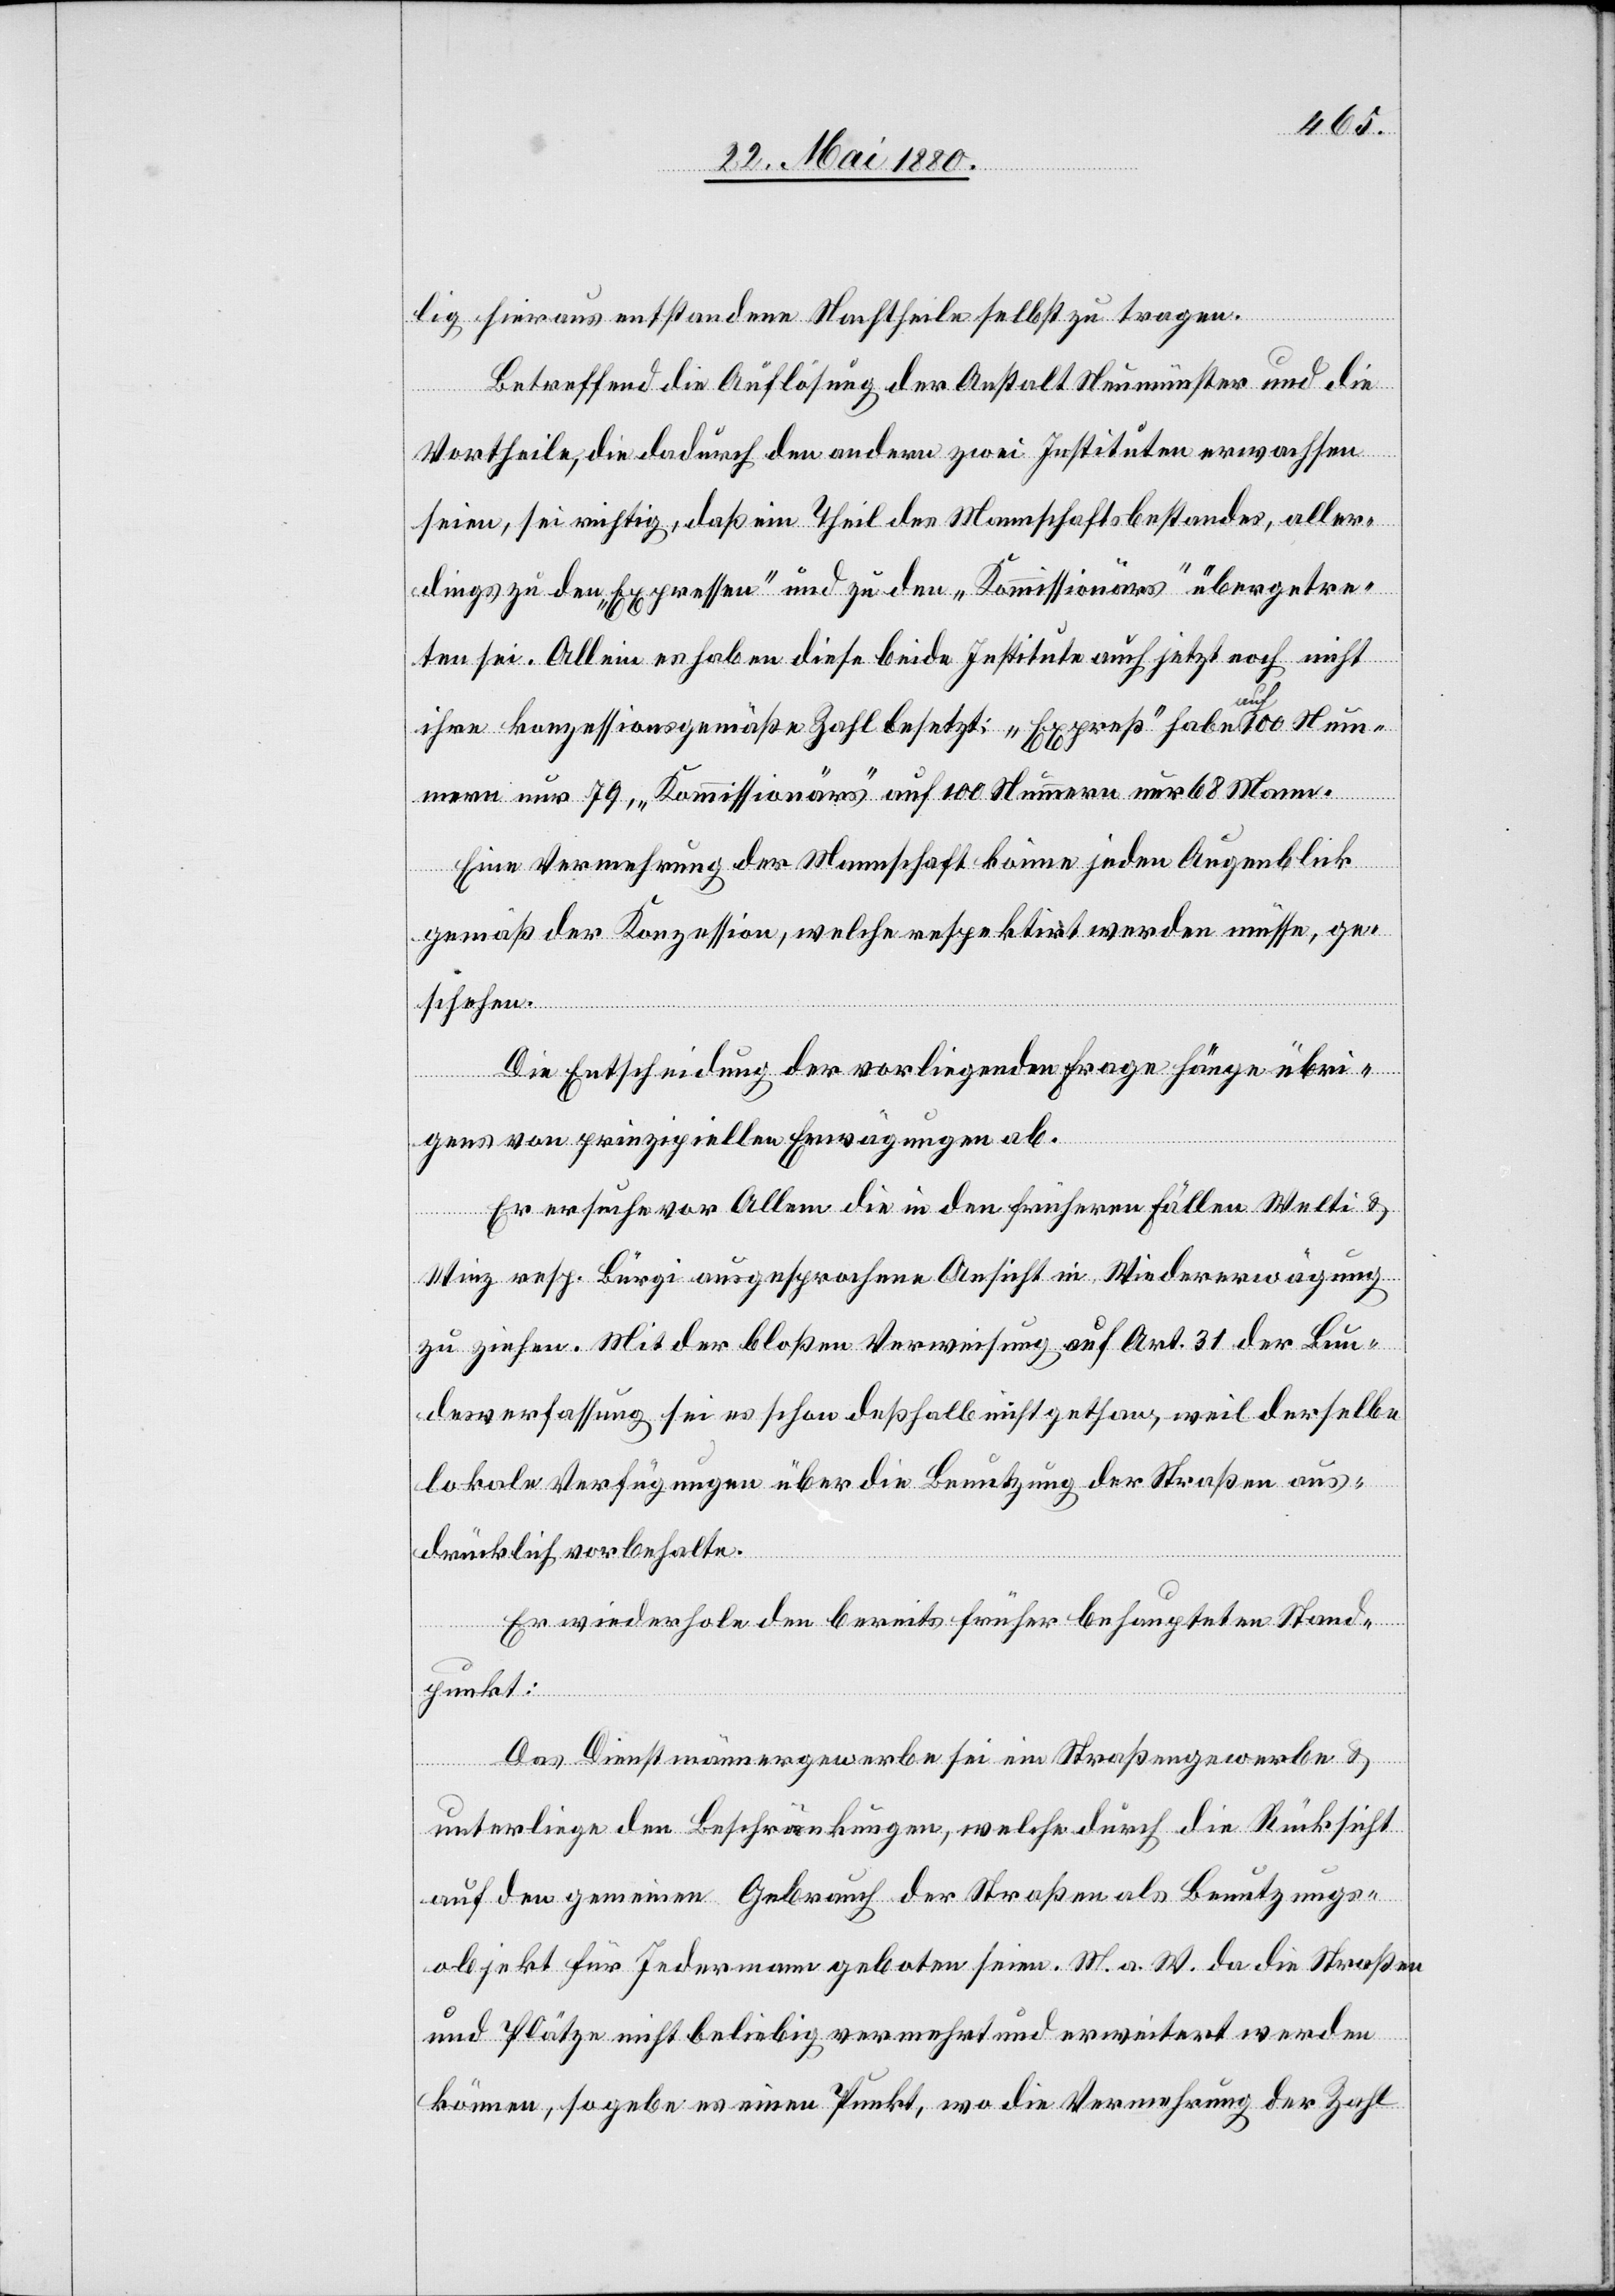
lig hieraus entstandene Nachtheile selbst zu tragen.
Betreffend die Auflösung der Anstalt Neumünster und die
Vortheile, die dadurch den andern zwei Instituten erwachsen
seien, sei richtig, daß ein Theil des Mannschaftsbestandes, aller¬
dings zu den „Expressen“ und zu den „Kommissionärs“ übergetre¬
ten sei. Allein es haben diese beide Institute auch jetzt noch nicht
ihre konzessionsgemäße Zahl besetzt: „Expreß“ habe auf 100 Num¬
mern nur 79, „Kommissionärs“ auf 100 Nummern nur 68 Mann.
Eine Vermehrung der Mannschaft könne jeden Augenblick
gemäß der Konzession, welche respektirt werden müsse, ge¬
schehen.
Die Entscheidung der vorliegenden Frage hänge übri¬
gens von prinzipiellen Erwägungen ab.
Er ersuche vor Allem die in den früheren Fällen Welti &
Winz resp. Bürgi ausgesprochene Ansicht in Wiedererwägung
zu ziehen. Mit der bloßen Verweisung auf Art. 31 der Bun¬
desverfassung sei es schon deßhalb nicht gethan, weil derselbe
lokale Verfügungen über die Benutzung der Straßen aus¬
drücklich vorbehalte.
Er wiederhole den bereits früher behaupteten Stand¬
punkt:
Das Dienstmännergewerbe sei ein Straßengewerbe &
unterliege den Beschränkungen, welche durch die Rücksicht
auf den gemeinen Gebrauch der Straßen als Benutzungs¬
objekt für Jedermann geboten seien. M. a. W. da die Straßen
und Plätze nicht beliebig vermehrt und erweitert werden
können, so gebe es einen Punkt, wo die Vermehrung der Zahl